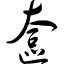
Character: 奁